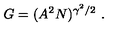
G = ( A ^ { 2 } N ) ^ { \gamma ^ { 2 } / 2 } \ .